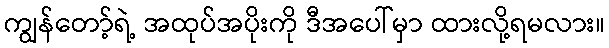
ကျွန်တော့်ရဲ့ အထုပ်အပိုးကို ဒီအပေါ်မှာ ထားလို့ရမလား။